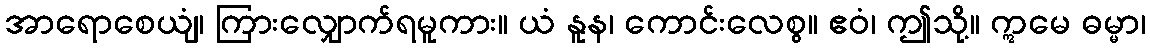
အာရောစေယျံ၊ ကြားလျှောက်ရမူကား။ ယံ နူန၊ ကောင်းလေစွ။ ဧဝံ၊ ဤသို့။ ဣမေ ဓမ္မာ၊